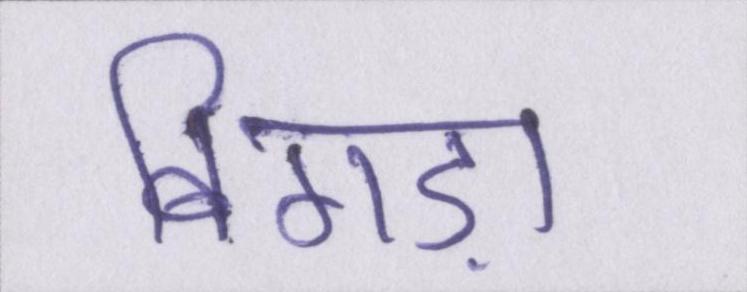
बिगड़ा